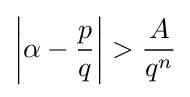
\left|\alpha -{\frac {p}{q}}\right|>{\frac {A}{q^{n}}}